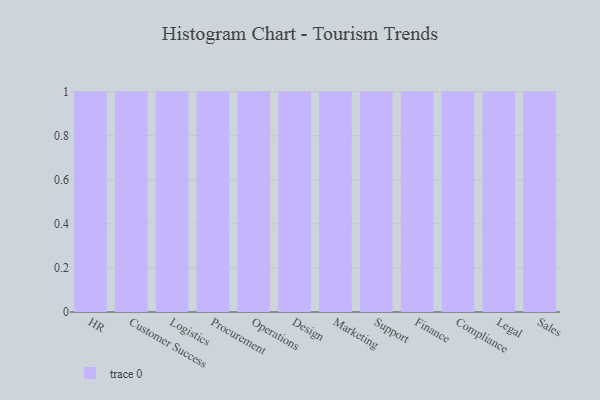
{"axis": {"x": "Department", "y": "Operating Costs (USD K)"}, "legend": [""], "data": [{"x": "HR", "y": 99, "type": ""}, {"x": "Customer Success", "y": 76, "type": ""}, {"x": "Logistics", "y": 14, "type": ""}, {"x": "Procurement", "y": 37, "type": ""}, {"x": "Operations", "y": 87, "type": ""}, {"x": "Design", "y": 16, "type": ""}, {"x": "Marketing", "y": 48, "type": ""}, {"x": "Support", "y": 40, "type": ""}, {"x": "Finance", "y": 86, "type": ""}, {"x": "Compliance", "y": 55, "type": ""}, {"x": "Legal", "y": 69, "type": ""}, {"x": "Sales", "y": 64, "type": ""}]}